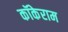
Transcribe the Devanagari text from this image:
कॉकेराम